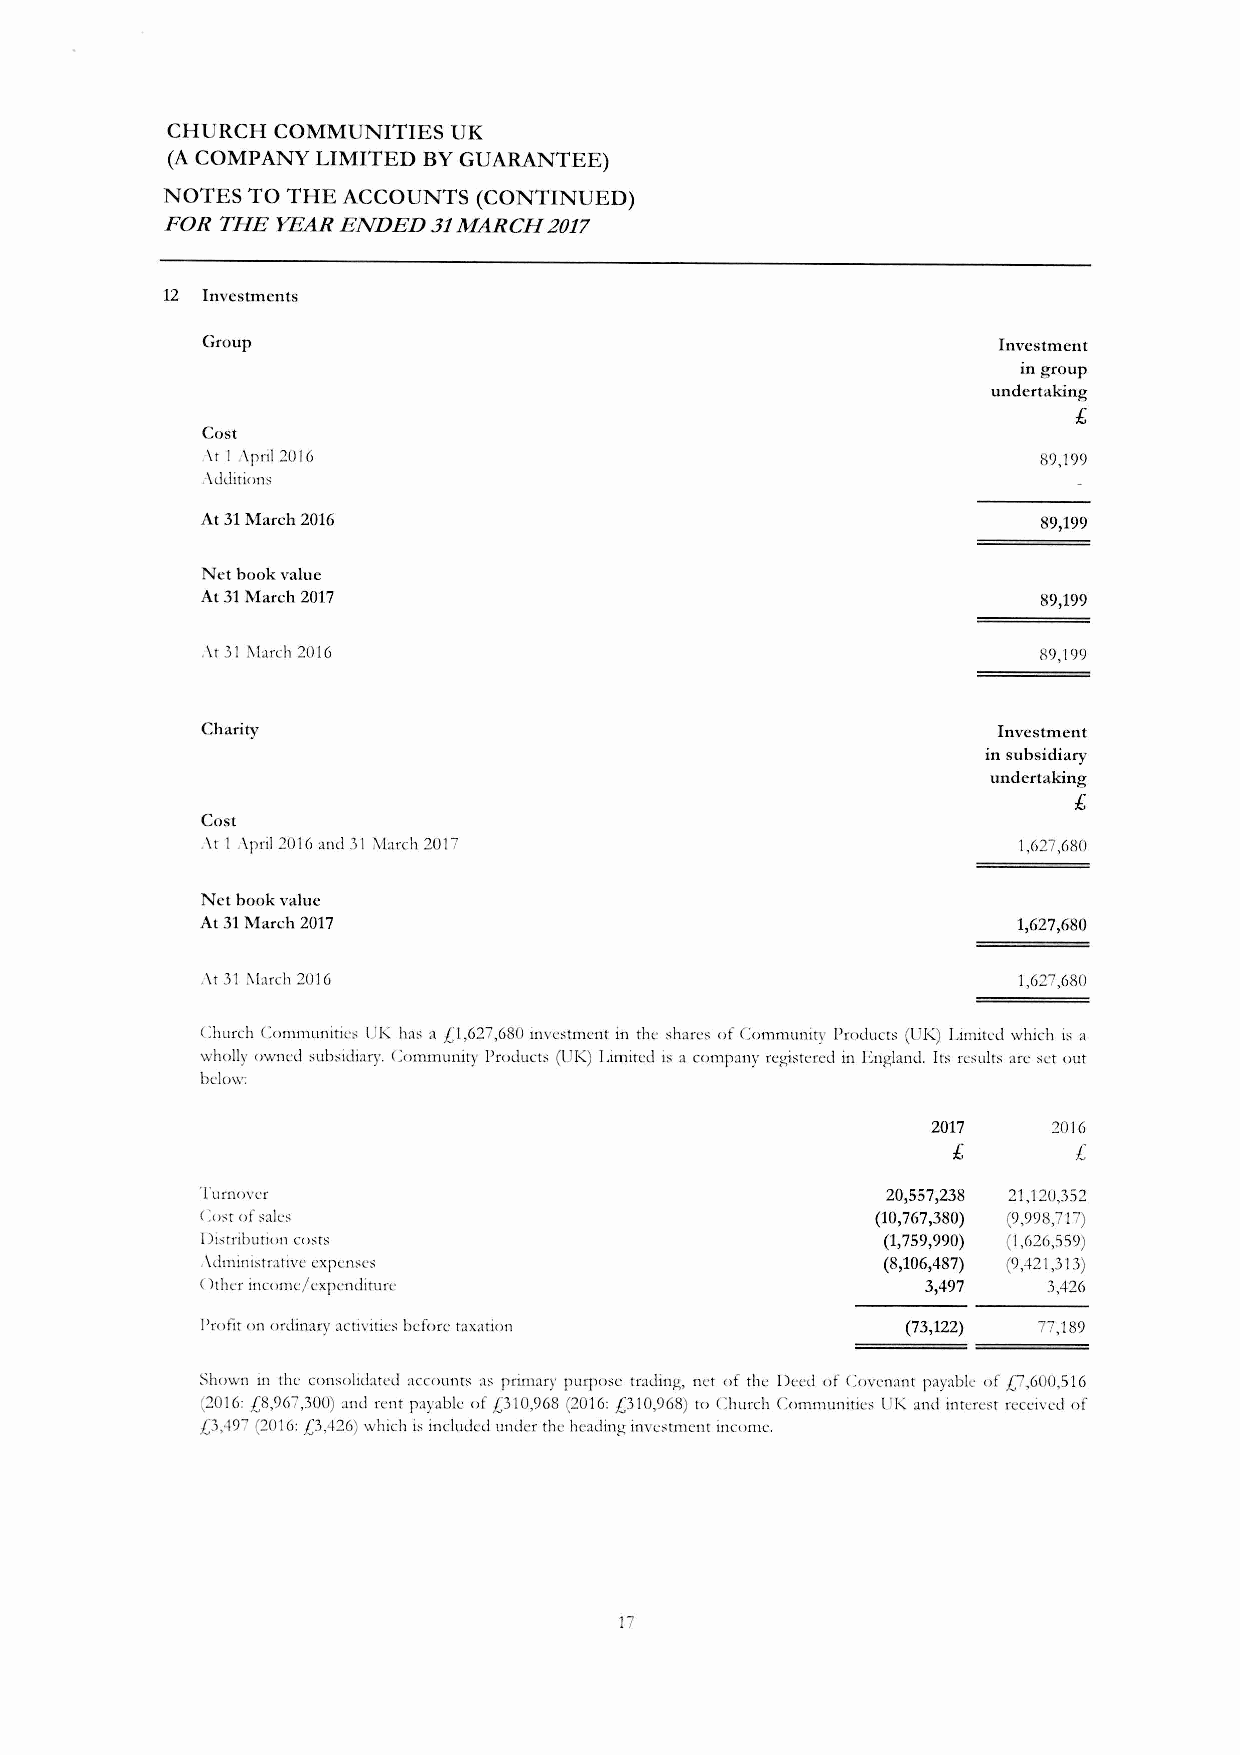
CHURCH COMMUNITIES UK
 (A COMPANY LIMITED BY GUARANTEE)
 NOTES TO THE ACCOUNTS (CONTINUED)
 FOR THE YEAR ENDED 31MARCH 2017
 12 Investments
 Group                                                Investment
 in group
 undertaking
 £
 Cost
 \r It\pril ~016                                        89,199
 .\ddirions
 At 31March 2016                                         89,199
 Net book value
 At 31March 2017                                         89,199
 .\r 31l'Ilarch 2016                                     89,199
 Charity                                              Investment
 in subsidiary
 undertaking
 £
 Cost
 .\r 1.\pril 2016and 31 March 2017                     1,627,680
 Net book value
 At 31March 2017                                       1,627,680
 :\r 31 f\[arch 2016                                   1,627,680
 Church Communities K has a £1,627,680 invl'stment in the :;harl's of Community I'roducts (UK) Limited which i:;a
 wholly owned :;ubsidiary. Community Producrs (UK) Limited i:;a company reg1srered in England. Its re;ult:; an: :;et out
 bdow:
 2017    2016
 £       £
 'I'urnovcr                                    20,557,238 21,120,352
 (:o;t of ;ale:;                              (10,767,380) (9,998,717)
 Di:;rribution costs                          (1,759,990) (1,626,559)
 .\dmini:;tnrive expense:;                    (8,106,487) (9,421,313)
 Othn income/ cxpcndiruIT                        3,497   3,426
 Profit on ordinary acrivitie:; before taxation (73,122) 77,189
 Shown in the con;olidated accounts a; primary purpose rrading, ncr of rhe Deed of Covenant payable of 0,600,516
 (2016:£8,967,300) and rent payable of £310,%8 (2016:£310,968) ro Church Communiries UK and interest rl'ceivnl of
 £3,497 (2016:£3,426) which i:;included under the heading inve;rmenr income.
 17